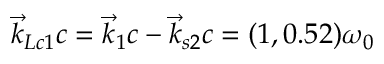
\vec { k } _ { L c 1 } c = \vec { k } _ { 1 } c - \vec { k } _ { s 2 } c = ( 1 , 0 . 5 2 ) \omega _ { 0 }